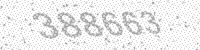
Solution: 388663